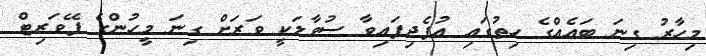
މިހާރު ގިނަ ބައެއްގެ ހިތުގައި އުފެދިފައިވާ ސުވާލަކީ ވަރަށް ގިނަ މީހުންގެ ފޭވަރިޓް